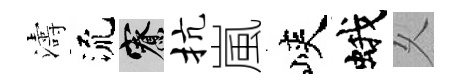
濤流寮抗嵐峽蛾乆